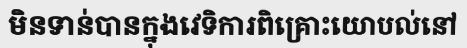
មិនទាន់បានក្នុងវេទិការពិគ្រោះយោបល់នៅ